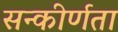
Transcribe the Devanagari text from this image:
सन्कीर्णता